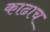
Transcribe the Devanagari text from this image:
काढाच